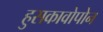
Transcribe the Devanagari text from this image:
हुसकावोपोन